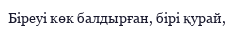
Біреуі көк балдырған, бірі қурай,